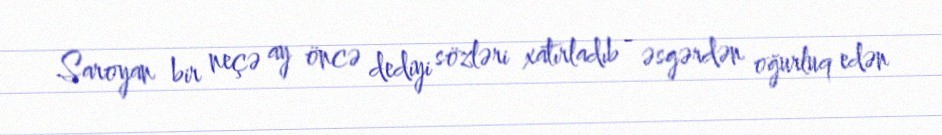
Saroyan bir neçə ay öncə dediyi sözləri xatırladıb - əsgərdən oğurluq edən